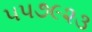
૫૫૭૯૨૩